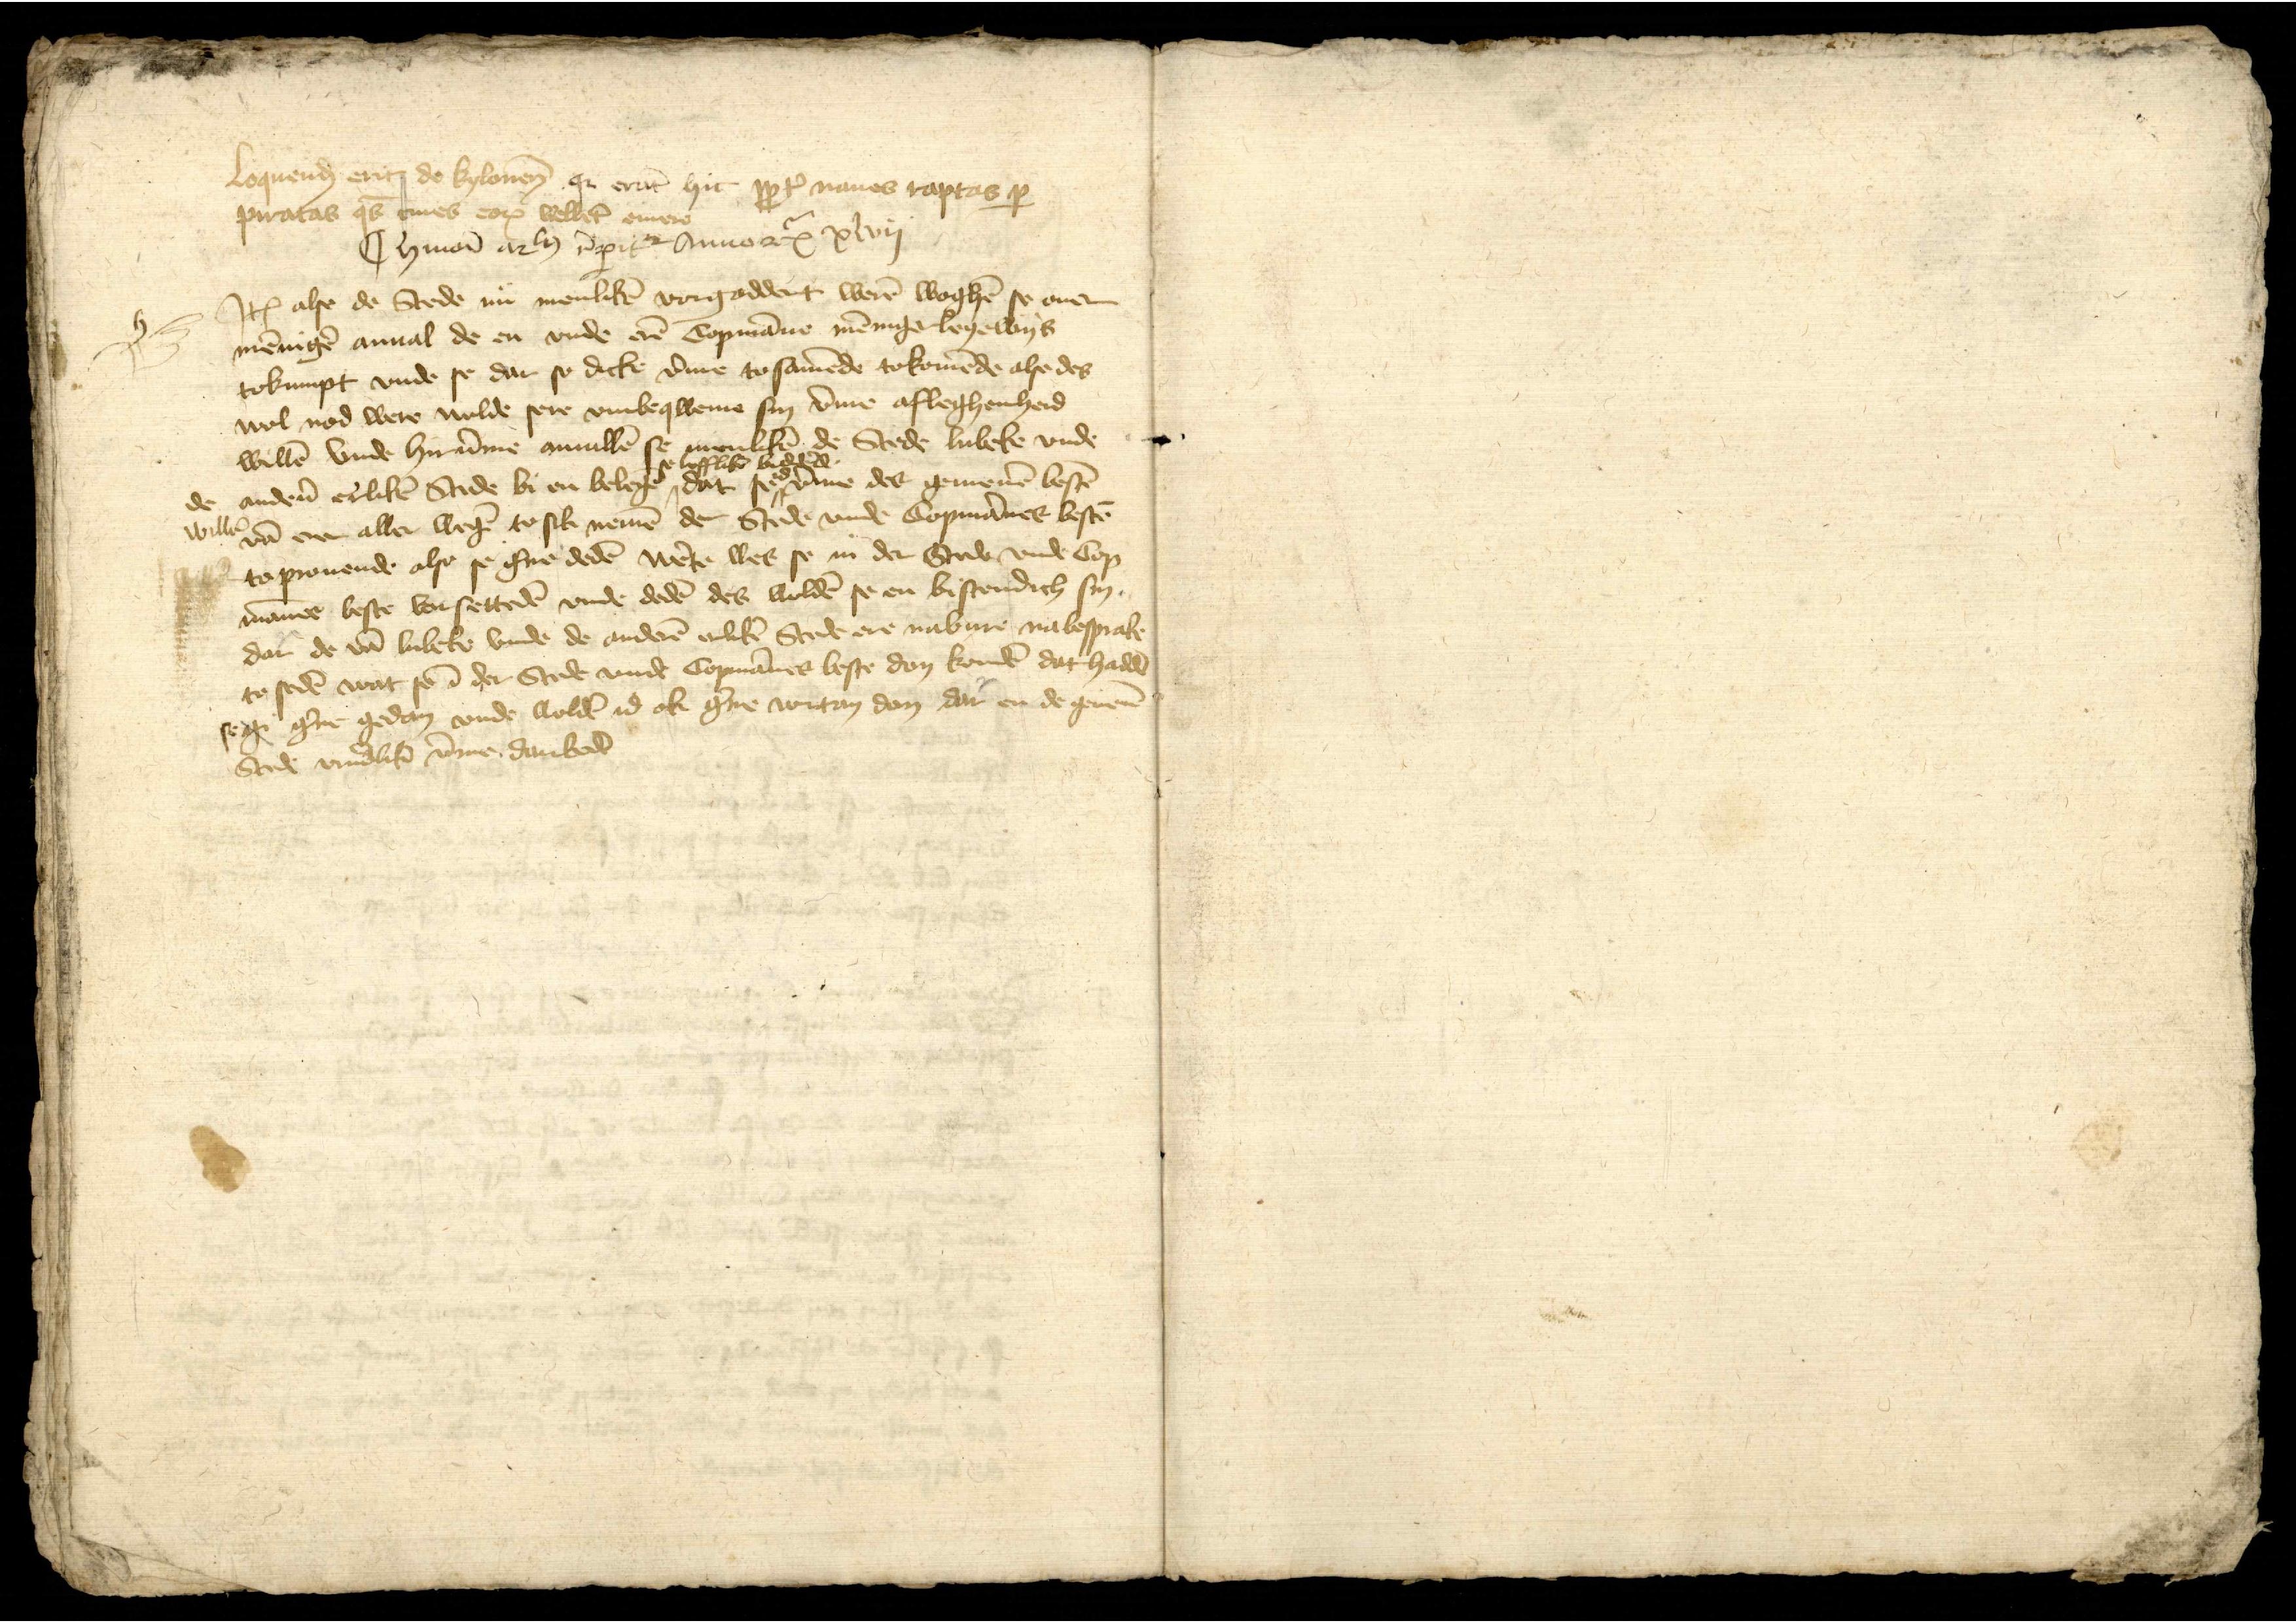
kopmenḑ eren de kosonen de eren ht v nanes roptars spratas s mes er wellik en

men eren de Anno etc xvij

Jꝷ alse de Stede in menlikē vorgaddert werē woghē se enenmēnigē annal de en vnde erē Copmāne mēnigerlegewystokumpt vnde se dar se dacke v̄me to samēde tokomēde alze denwol nod were wolde sere vmbeqweme sin v̄me afleghenheidwillē vnde hirūme auē se geliken de Stede Lubeke vndeanderen erlikē Stede bi en belegen, dat sedamme des gemenen bestēvā ere aller wegẻ to sik nemē der Stede vnde Copmānes bestē to provende also se gne dede wete wes se an der Stede vnde Cop¬māne beste vor stedē vnde dedē des haddē se en bestendich sedar de vā Lubeke vnde de anderē erlikē Stede ere nabare na bespraketo sedē wat se id der Stede vnde Copmānes beste don kondē dat haddēsegge ge gedan vnde woldē id ok g̉ne vortan den dar en de geuenStede vndlike v̄me danbedē